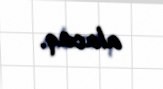
alacaq.